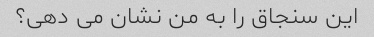
این سنجاق را به من نشان می دهی؟